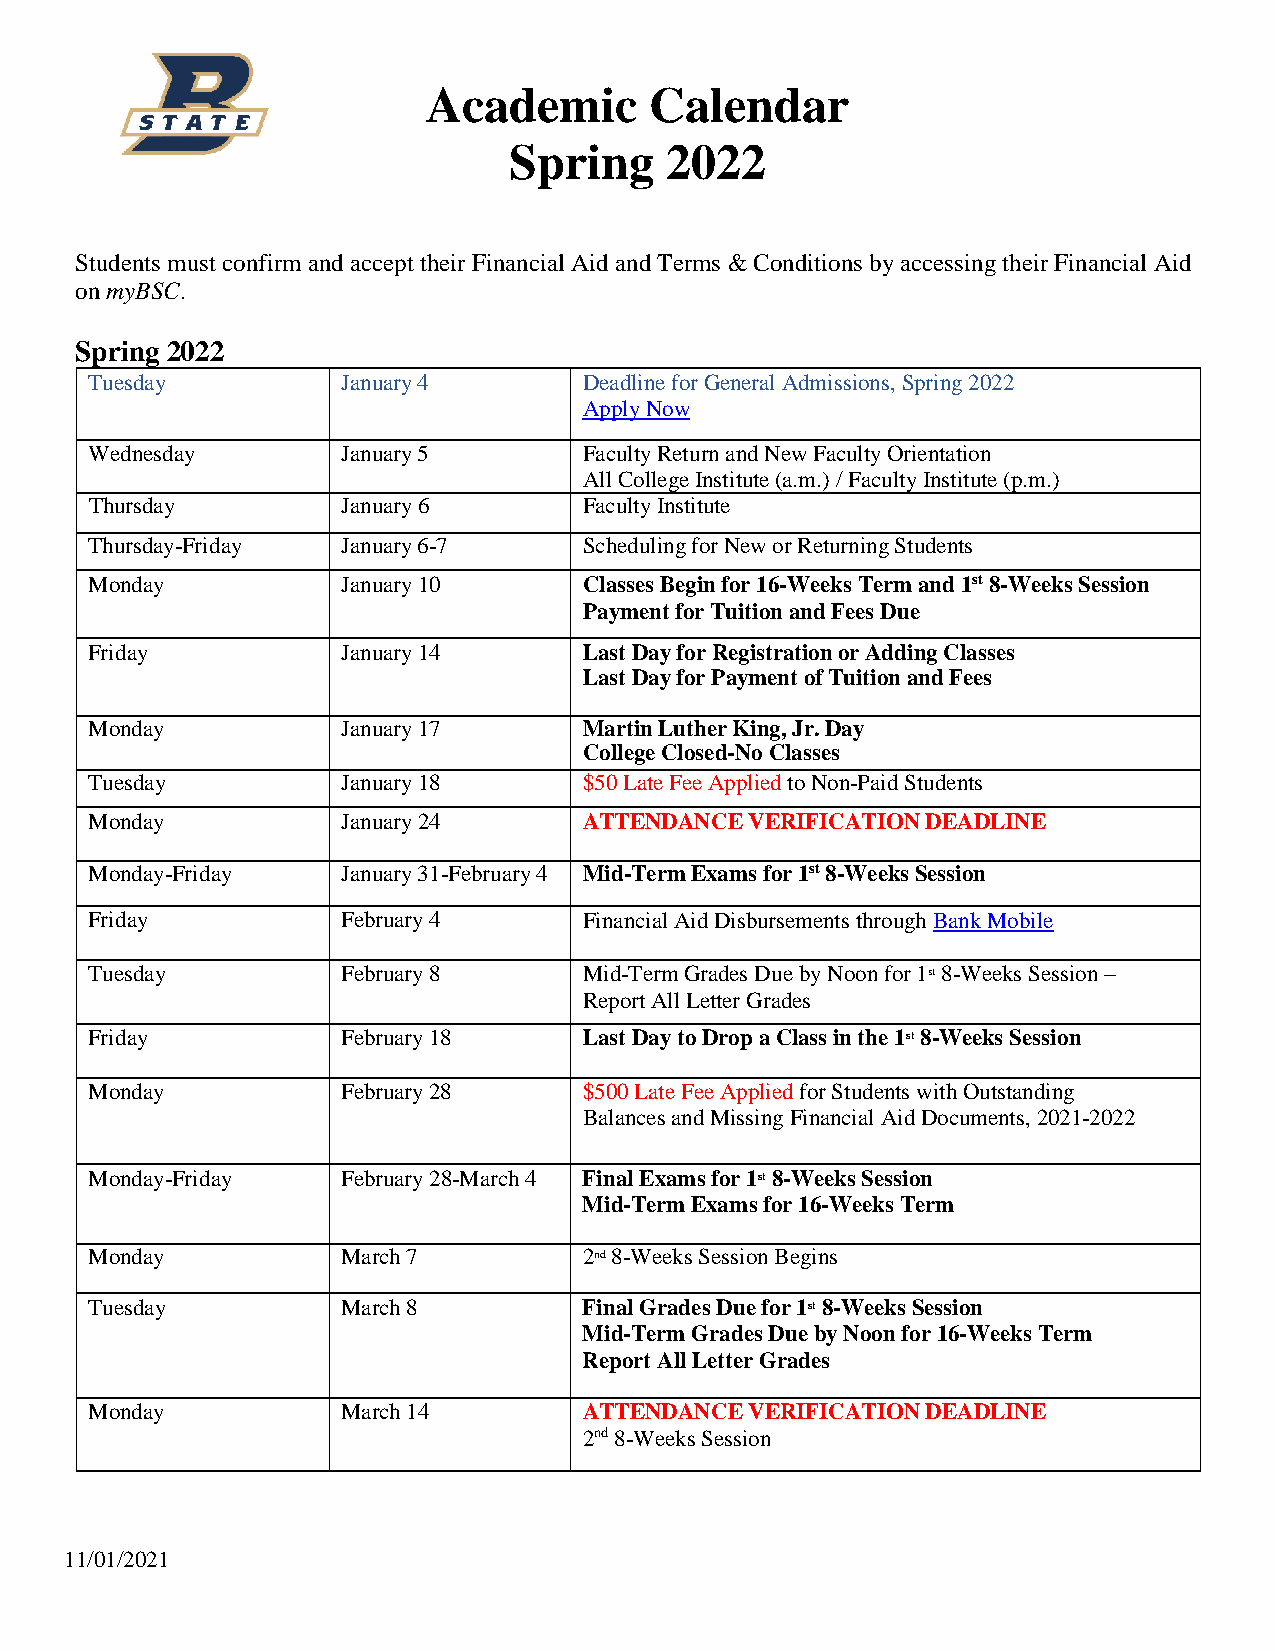
Academic       Calendar
 Spring    2022
 Students must confirm and accept their Financial Aid and Terms & Conditions by accessing their Financial Aid
 on myBSC.
 Spring 2022
 Tuesday          January 4       Deadline for General Admissions, Spring 2022
 Apply Now
 Wednesday        January 5       Faculty Return and New Faculty Orientation
 All College Institute (a.m.) / Faculty Institute (p.m.)
 Thursday         January 6       Faculty Institute
 Thursday-Friday  January 6-7     Scheduling for New or Returning Students
 Monday           January 10      Classes Begin for 16-Weeks Term and 1st 8-Weeks Session
 Payment for Tuition and Fees Due
 Friday           January 14      Last Day for Registration or Adding Classes
 Last Day for Payment of Tuition and Fees
 Monday           January 17      Martin Luther King, Jr. Day
 College Closed-No Classes
 Tuesday          January 18      $50 Late Fee Applied to Non-Paid Students
 Monday           January 24      ATTENDANCE VERIFICATION DEADLINE
 Monday-Friday    January 31-February 4 Mid-Term Exams for 1st 8-Weeks Session
 Friday           February 4      Financial Aid Disbursements through Bank Mobile
 Tuesday          February 8      Mid-Term Grades Due by Noon for 1st 8-Weeks Session –
 Report All Letter Grades
 Friday           February 18     Last Day to Drop a Class in the 1st 8-Weeks Session
 Monday           February 28     $500 Late Fee Applied for Students with Outstanding
 Balances and Missing Financial Aid Documents, 2021-2022
 Monday-Friday    February 28-March 4 Final Exams for 1st 8-Weeks Session
 Mid-Term Exams for 16-Weeks Term
 Monday           March 7         2nd 8-Weeks Session Begins
 Tuesday          March 8         Final Grades Due for 1st 8-Weeks Session
 Mid-Term Grades Due by Noon for 16-Weeks Term
 Report All Letter Grades
 Monday           March 14        ATTENDANCE VERIFICATION DEADLINE
 2nd 8-Weeks Session
 11/01/2021